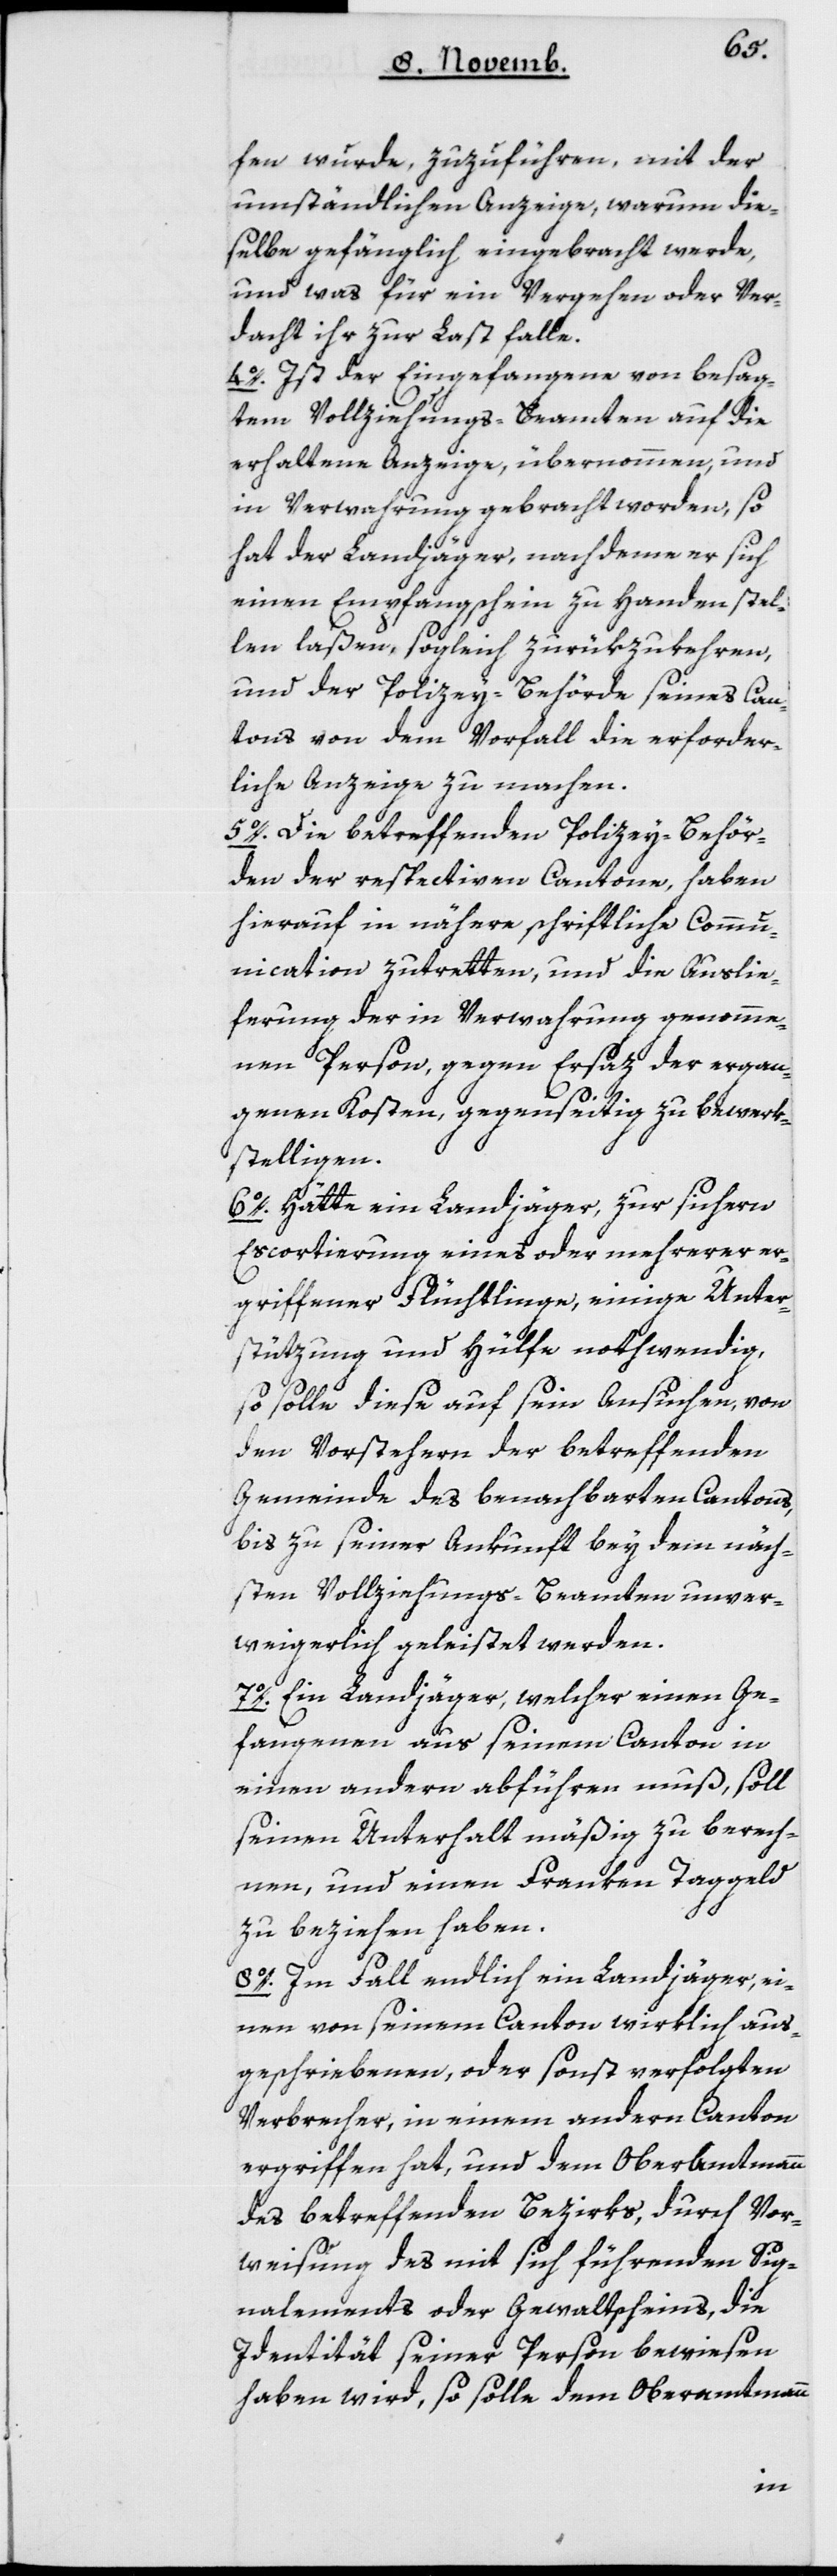
fen wurde, zuzuführen, mit der
umständlichen Anzeige, warum die¬
selbe gefänglich eingebracht werde,
und was für ein Vergehen oder Ver¬
dacht ihr zur Last falle.
4. Ist der Eingefangene von besag¬
tem Vollziehungs-Beamten auf die
erhaltene Anzeige übernommen, und
in Verwahrung gebracht worden, so
hat der Landjäger, nachdeme er sich
einen Empfangschein zu Handen stel¬
len laßen, sogleich zurükzukehren,
und der Polizey-Behörde seines Can¬
tons von dem Vorfall die erforder¬
liche Anzeige zu machen.
5. Die betreffenden Polizey-Behör¬
den der respectiven Cantone, haben
hierauf in nähere schriftliche Commu¬
nication zutretten, und die Auslie¬
ferung der in Verwahrung genomme¬
nen Person, gegen Ersatz der ergan¬
genen Kosten gegenseitig zu bewerk¬
stelligen.
6. Hätte ein Landjäger zur sichern
Escortierung eines oder mehrerer er¬
griffener Flüchtlinge, einige Unter¬
stützung und Hülfe nothwendig,
so solle diese auf seyn Ansuchen, von
den Vorstehern der betreffenden
Gemeinde des benachbarten Kantons,
bis zu seiner Ankunft bey dem näch¬
sten Vollziehungs-Beamten unver¬
weigerlich geleistet werden.
7. Ein Landjäger, welcher einen Ge¬
fangenen aus seinem Canton in
einen andern abführen muß, soll
seinen Unterhalt mäßig zu berech¬
nen und einen Franken Taggeld
zu beziehen haben.
8. Im Fall endlich ein Landjäger, ei¬
nen von seinem Canton wirklich aus¬
geschriebenen oder sonst verfolgten
Verbrecher, in einem andern Canton
ergriffen hat, und dem Oberamtmann
des betreffenden Bezirks, durch Vor¬
weisung des mit sich führenden Sig¬
nalements oder Gewaltscheins, die
Identität seiner Person bewiesen
haben wird, so solle dem Oberamtmann